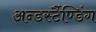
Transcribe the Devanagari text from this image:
अन्डर्स्टैण्डिंग